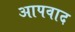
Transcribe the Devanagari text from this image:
आपवाद